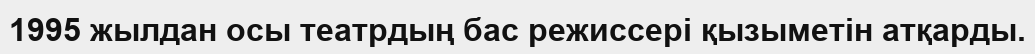
1995 жылдан осы театрдың бас режиссері қызыметін атқарды.